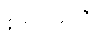
စရာမလို။